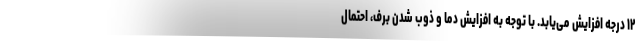
۱۲ درجه افزایش می‌یابد. با توجه به افزایش دما و ذوب شدن برف، احتمال